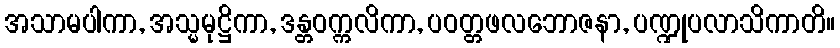
အသာမပါကာ, အသ္မမုဋ္ဌိကာ, ဒန္တဝက္ကလိကာ, ပဝတ္တဖလဘောဇနာ, ပဏ္ဍုပလာသိကာတိ။